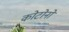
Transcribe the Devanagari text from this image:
कोटोनों